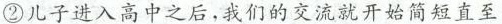
②儿子进入高中之后，我们的交流就开始简短直至